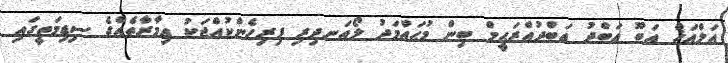
އަލްއަޚް އަބޫ ޢަބްދު ޢަބްދުއްރަޙީމް ބިން މުޙައްމަދު ލޯއަނދިރި ފިރިހެންކުއްޖަކު ޢިމާރާތެއްގެ ސިޑިމަތީގައި